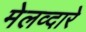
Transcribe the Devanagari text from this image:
मेलव्दारे